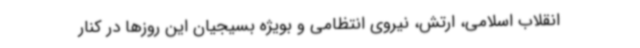
انقلاب اسلامی، ارتش، نیروی انتظامی و بویژه بسیجیان این روزها در کنار